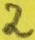
Text: 2